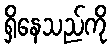
ရှိနေသည်ကို